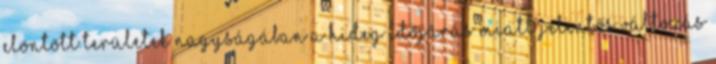
elöntött területek nagyságában a hideg időjárás miatt jelentős változás